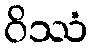
ဝိဿံ